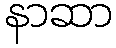
နာဆာ